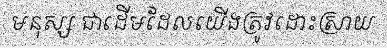
មនុស្ស ជាដើមដែលយើងត្រូវដោះស្រាយ